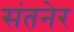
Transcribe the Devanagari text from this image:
संतनेर